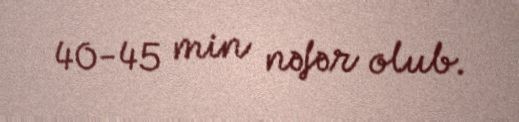
40-45 min nəfər olub.